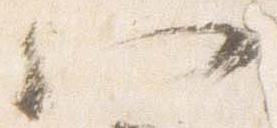
八